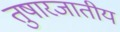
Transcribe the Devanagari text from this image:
तुषारजातीय